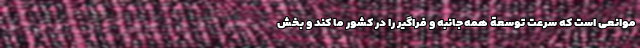
موانعی است که سرعت توسعة همه‌جانبه و فراگیر را در کشور ما کند و بخش